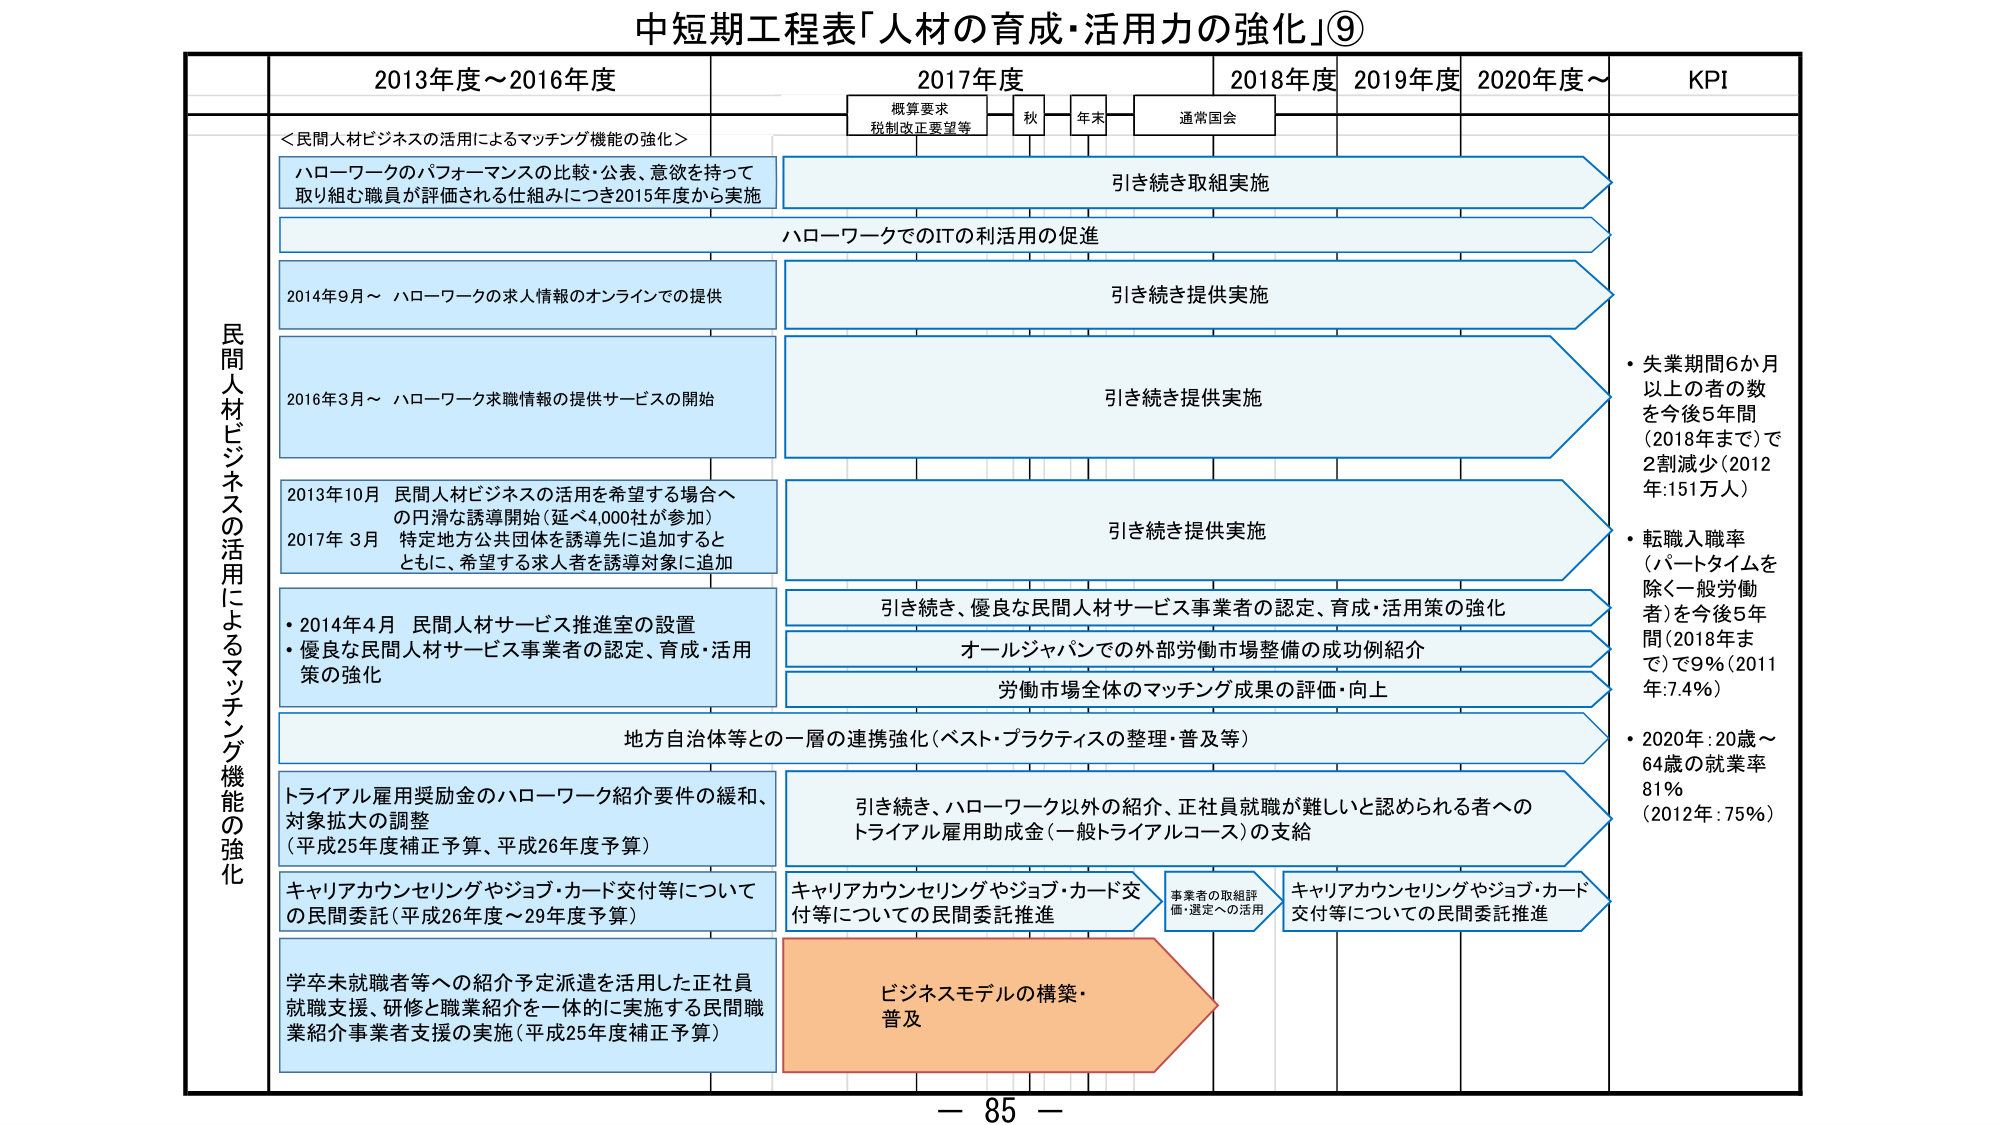
中短期工程表「人材の育成・活用力の強化」⑨

2013年度～2016年度
2017年度
2018年度
2019年度
2020年度～
KPI

概算要求
税制改正要望等
秋
年末
通常国会

＜民間人材ビジネスの活用によるマッチング機能の強化＞

ハローワークのパフォーマンスの比較・公表、意欲を持って
取り組む職員が評価される仕組みにつき2015年度から実施

引き続き取組実施

ハローワークでのITの利活用の促進

2014年9月～ ハローワークの求人情報のオンラインでの提供

引き続き提供実施

2016年3月～ ハローワーク求職情報の提供サービスの開始

引き続き提供実施

2013年10月 民間人材ビジネスの活用を希望する場合へ
の円滑な誘導開始（延べ4,000社が参加）
2017年3月 特定地方公共団体を誘導先に追加すると
ともに、希望する求人者を誘導対象に追加

引き続き提供実施

・2014年4月 民間人材サービス推進室の設置
・優良な民間人材サービス事業者の認定、育成・活用
策の強化

引き続き、優良な民間人材サービス事業者の認定、育成・活用策の強化

オールジャパンでの外部労働市場整備の成功例紹介

労働市場全体のマッチング成果の評価・向上

地方自治体等との一層の連携強化（ベスト・プラクティスの整理・普及等）

トライアル雇用奨励金のハローワーク紹介要件の緩和、
対象拡大の調整
（平成25年度補正予算、平成26年度予算）

引き続き、ハローワーク以外の紹介、正社員就職が難しいと認められる者への
トライアル雇用助成金（一般トライアルコース）の支給

キャリアカウンセリングやジョブ・カード交付等について
の民間委託（平成26年度～29年度予算）

キャリアカウンセリングやジョブ・カード交
付等についての民間委託推進

事業者の取組評
価・選定への活用

キャリアカウンセリングやジョブ・カード
交付等についての民間委託推進

学卒未就職者等への紹介予定派遣を活用した正社員
就職支援、研修と職業紹介を一体的に実施する民間職
業紹介事業者支援の実施（平成25年度補正予算）

ビジネスモデルの構築・
普及

・失業期間6か月
以上の者の数
を今後5年間
（2018年まで）で
2割減少（2012
年：151万人）

・転職入職率
（パートタイムを
除く一般労働
者）を今後5年
間（2018年ま
で）で9％（2011
年：7.4％）

・2020年：20歳～
64歳の就業率
81％
（2012年：75％）

民間人材ビジネスの活用によるマッチング機能の強化

－ 85 －